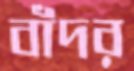
বাঁদর